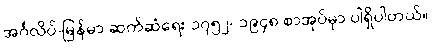
အင်္ဂလိပ်-မြန်မာ ဆက်ဆံရေး ၁၇၅၂- ၁၉၄၈ စာအုပ်မှာ ပါရှိပါတယ်။